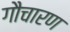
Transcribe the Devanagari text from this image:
गौचारण